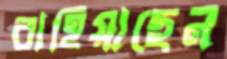
বাহিয়াছেন